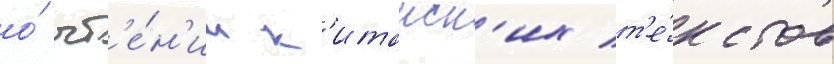
о́ чт'е́н'ии к'итаиск'их т'е́кстов